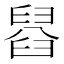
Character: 𦦂